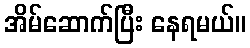
အိမ်ဆောက်ပြီး နေရမယ်။